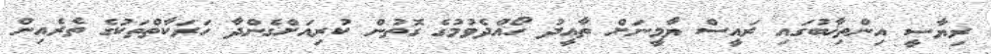
ރިޔާސީ އިންތިޚާބުގައި ރައީސް ޔާމީނަށް ތާޢީދު ހޯއްދެވުމުގެ ގޮތުން ކުރިއަށްގެންދާ ހަރަކާތްތަކުގެ ތެރެއިން